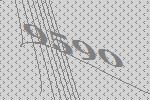
9590